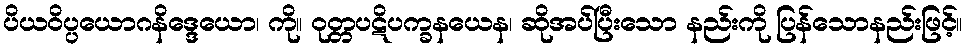
ပိယဝိပ္ပယောဂနိဒ္ဒေယော၊ ကို။ ဝုတ္တပဋိပက္ခနယေန၊ ဆိုအပ်ပြီးသော နည်းကို ပြန်သောနည်းဖြင့်။